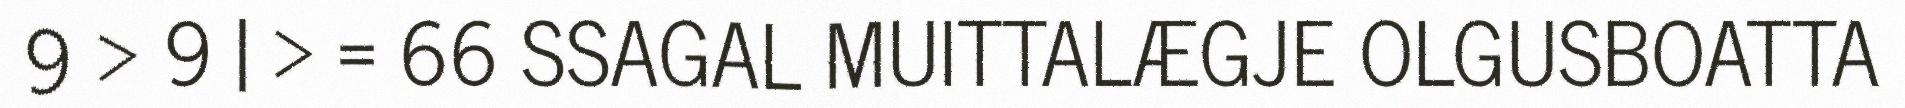
9 > 9 | > = 66 SSAGAL MUITTALÆGJE OLGUSBOATTA